Report on vaccination in Madras 1922-1929 - 1922-1929
Year: 1922
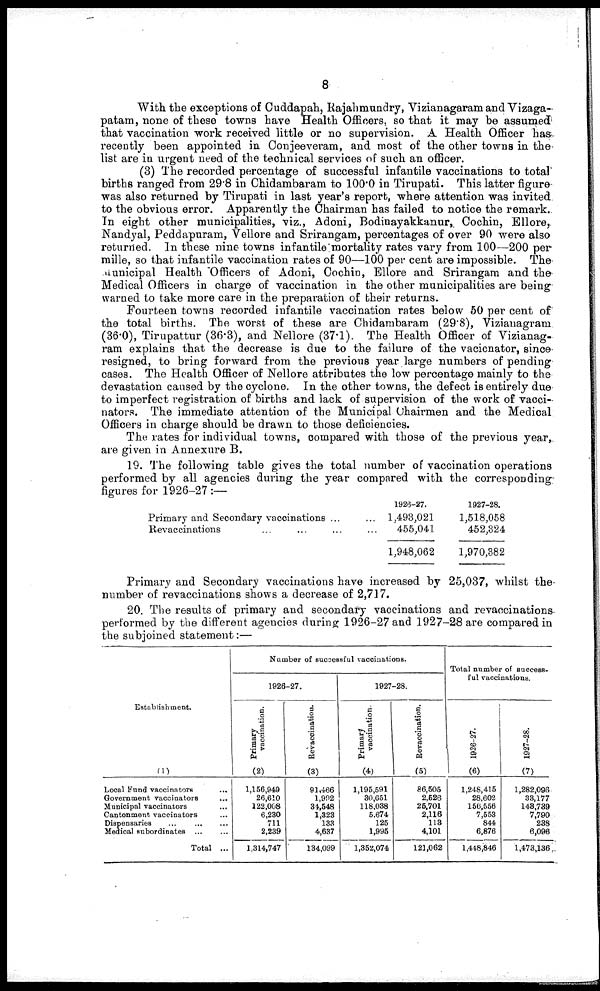
8
With the exceptions of Cuddapah, Rajahmundry, Vizianagaram and Vizaga-
patam, none of these towns have Health Officers, so that it may be assumed
that vaccination work received little or no supervision. A Health Officer has
recently been appointed in Conjeeveram, and most of the other towns in the
list are in urgent need of the technical services of such an officer.
(3) The recorded percentage of successful infantile vaccinations to total
births ranged from 29.8 in Chidambaram to 100.0 in Tirupati. This latter figure
was also returned by Tirupati in last year's report, where attention was invited
to the obvious error. Apparently the Chairman has failed to notice the remark.
In eight other municipalities, viz., Adoni, Bodinayakkanur,. Cochin, Ellore,
Nandyal, Peddapuram, Vellore and Srirangam, percentages of over 90 were also
returned. In these nine towns infantile mortality rates vary from 100—200 per
mille, so that infantile vaccination rates of 90—100 per cent are impossible. The
Municipal Health Officers of Adoni, Cochin, Ellore and Srirangam and the
Medical Officers in charge of vaccination in the other municipalities are being
warned to take more care in the preparation of their returns.
Fourteen towns recorded infantile vaccination rates below 50 per cent of'
the total births. The worst of these are Chidambaram (29.8), Vizianagram
(36.0), Tirupattur (36.3), and Nellore (37.1). The Health Officer of Vizianag-
ram explains that the decrease is due to the failure of the vacicnator, since
resigned, to bring forward from the previous year large numbers of pending
cases. The Health Officer of Nellore attributes the low percentage mainly to the
devastation caused by the cyclone. In the other towns, the defect is entirely due
to imperfect registration of births and lack of supervision of the work of vacci-
nators. The immediate attention of the Municipal Chairmen and the Medical
Officers in charge should be drawn to those deficiencies.
The rates for individual towns, compared with those of the previous year,
are given in Annexure B.
19. The following table gives the total number of vaccination operations
performed by all agencies during the year compared with the corresponding
figures for 1926-27:—
Primary and Secondary vaccinations ... ...
Revaccinations ... ... ... ...
1928-27.
1,493,021
455,041
1,948,062
1927-28.
1,518,058
452,324
1,970,382
Primary and Secondary vaccinations have increased by 25,037, whilst the
number of revaccinations shows a decrease of 2,717.
20. The results of primary and secondary vaccinations and revaccinations-
performed by the different agencies during 1926-27 and 1927-28 are compared in
the subjoined statement:—
Establishment.
(1)
Local Fund vaccinators
...
Government vaccinators
...
Municipal vaccinators ...
Cantonment vaccinators ...
Dispensaries
...
...
...
Medical subordinates ... ...
Total ...
Number of successful vaccinations.
1926-27.
Primary
vaccination.
(2)
1,156,949
26,610
122,008
6,230
711
2,239
1,314,747
Revaccination.
(3)
91,466
1,992
34,548
1,323
133
4,637
134,099
1927-28.
Primary
vaccination.
(4)
1,195,591
30,651
118,038
5,674
125
1,995
1,352,074
Revaccination.
(5)
86,505
2,526
25,701
2,116
113
4,101
121,062
Total number of success¬
ful vaccinations.
1926-27.
(6)
1,248,415
28,602
156,556
7,553
844
6,876
1,448,846
1927-28.
(7)
1,282,096
33,177
143,739
7,790
238
6,096
1,473,136